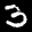
Label: 3